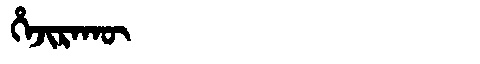
Manchu: ᡥᡝᠵᡳᡵᠠᡴᡡ
Romanization: HEJIRAKŪ